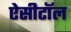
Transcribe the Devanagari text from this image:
ऐसीटॉल